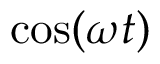
\cos ( \omega t )